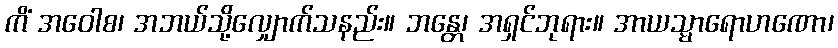
ကိံ အဝေါစ၊ အဘယ်သို့လျှောက်သနည်း။ ဘန္တေ၊ အရှင်ဘုရား။ အာယသ္မာရောဟဏော၊